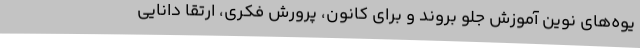
یوه‌های نوین آموزش جلو بروند و برای کانون، پرورش فکری، ارتقا دانایی